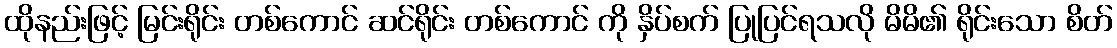
ထိုနည်းဖြင့် မြင်းရိုင်း တစ်ကောင် ဆင်ရိုင်း တစ်ကောင် ကို နှိပ်စက် ပြုပြင်ရသလို မိမိ၏ ရိုင်းသော စိတ်